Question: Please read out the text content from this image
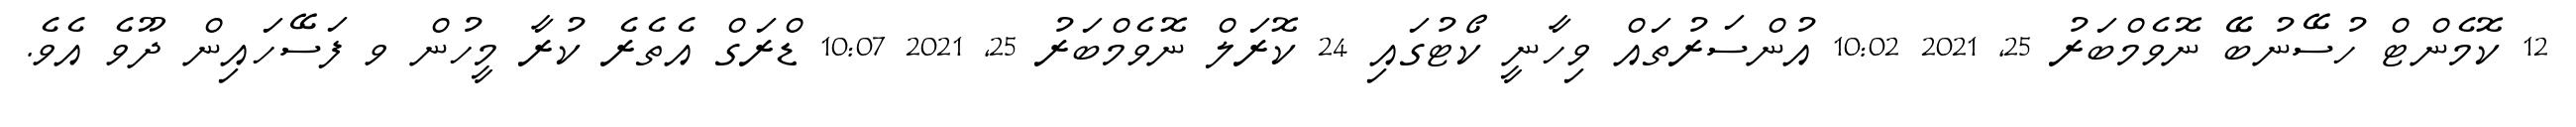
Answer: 12 ކޮމެންޓް ހުސޭނުބޭ ނޮވެމްބަރު 25, 2021 10:02 އުންސަރުތައް ވިހާނީ ކޯޓުގައި 24 ކޮރަލް ނޮވެމްބަރު 25, 2021 10:07 ޑްރަގް އެތެރެ ކުރާ މީހުން ވ ފަސޭހައިން ދޫވެ އެވެ.